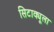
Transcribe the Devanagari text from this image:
सिटाक्यूला